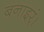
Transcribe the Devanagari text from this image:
बनाइर्ं।